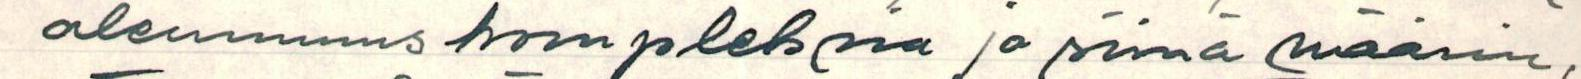
alennuskompleksia jo siinä määrin,